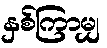
နှစ်ကြာမျှ